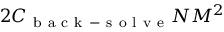
2 C _ { \mathrm { ~ b ~ a ~ c ~ k ~ - ~ s ~ o ~ l ~ v ~ e ~ } } N M ^ { 2 }